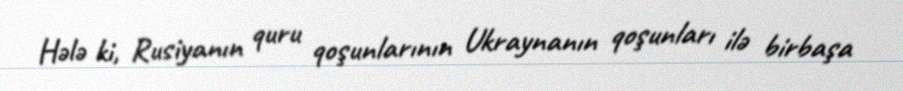
Hələ ki, Rusiyanın quru qoşunlarının Ukraynanın qoşunları ilə birbaşa